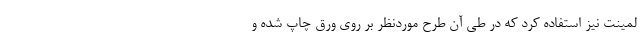
لمینت نیز استفاده کرد که در طی آن طرح موردنظر بر روی ورق چاپ شده و